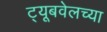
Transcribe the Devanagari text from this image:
ट्यूबवेलच्या